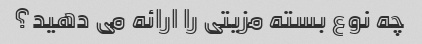
چه نوع بسته مزیتی را ارائه می دهید؟